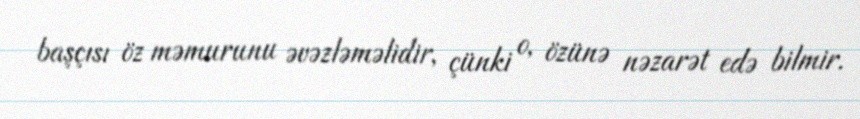
başçısı öz məmurunu əvəzləməlidir, çünki o, özünə nəzarət edə bilmir.